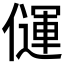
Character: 𰂳